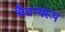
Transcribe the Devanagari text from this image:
चैतन्यरूप